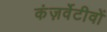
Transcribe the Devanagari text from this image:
कंज़र्वेटीवों